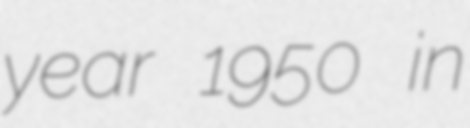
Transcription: year 1950 in